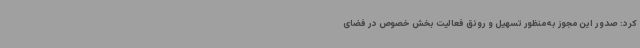
کرد: صدور این مجوز به‌منظور تسهیل و رونق فعالیت بخش خصوص در فضای